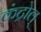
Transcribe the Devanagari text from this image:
कंट्रोल्